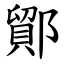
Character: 鄮